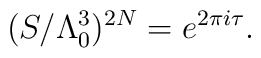
( S / \Lambda_0^3 )^{2N} = e^{2 \pi i \tau}.